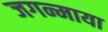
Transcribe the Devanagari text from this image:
जगन्माया